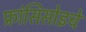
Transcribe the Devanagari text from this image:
फ्रांसिसोइचे